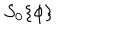
S _ { 0 } \{ \phi \}